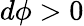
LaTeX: d\phi>0